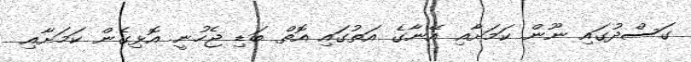
ގަސްދުގައި ނޫން ކަމަށާއި އޭނާގެ އަތުގައި އޮތް ބަޑި ޖެހުނީ އޮޅިގެން ކަމަށާއި